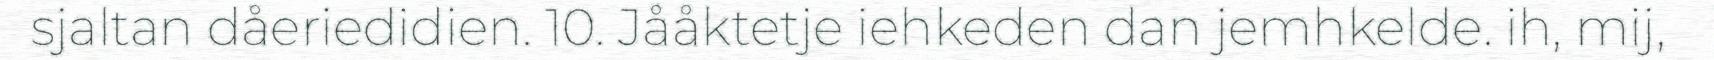
sjaltan dåeriedidien. 10. Jååktetje iehkeden dan jemhkelde. ih, mij,